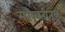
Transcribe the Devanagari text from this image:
सरस्वतीतंत्र